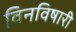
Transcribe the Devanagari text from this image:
विनविषारी